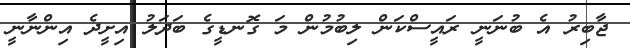
ޖާބިރު އެ ބުނަނީ ރައީސްކަން ލިބުމުން މަ ގޮނޑީގެ ބަދަލު އިށީދެ އިންނާނީ